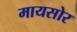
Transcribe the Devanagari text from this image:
मायसोर